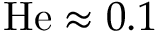
\mathrm { H e } \approx 0 . 1